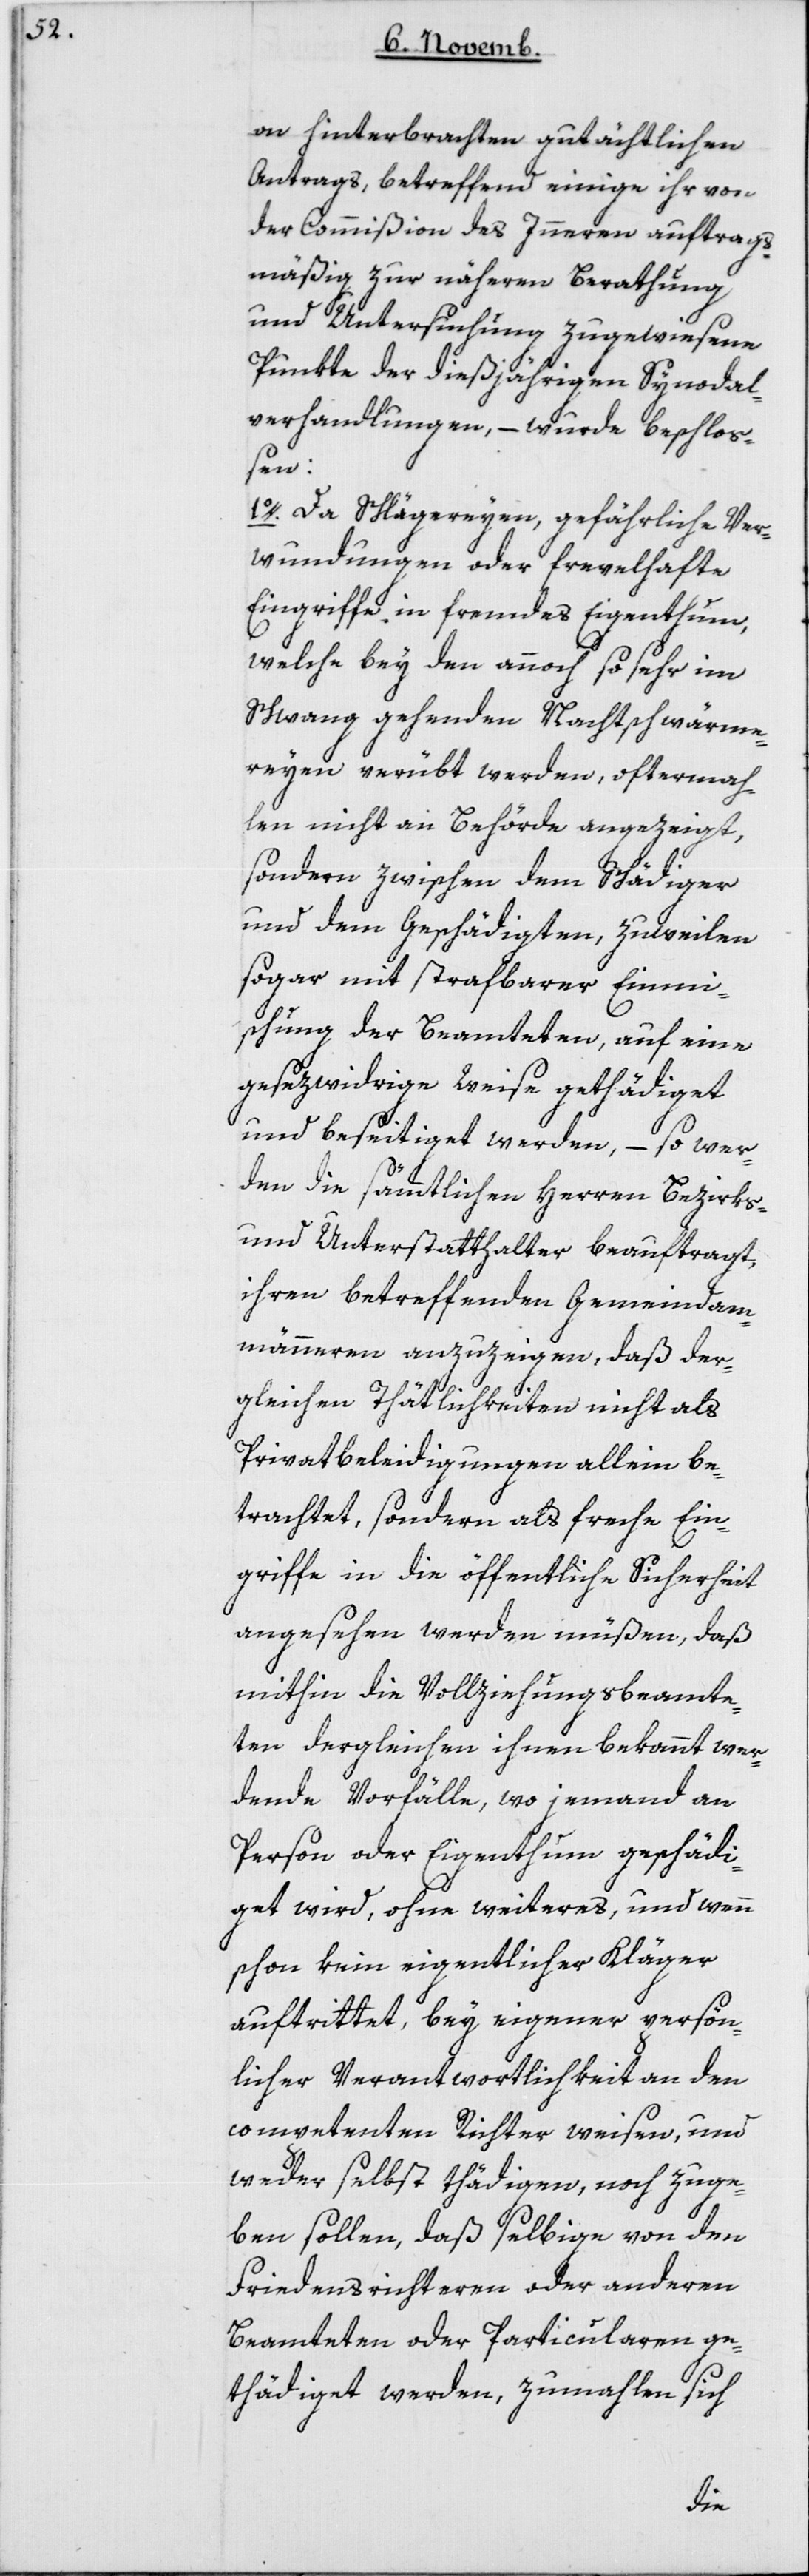
on hinterbrachten gutächtlichen
Antrags, betreffend einige ihr von
der Commißion des Innern auftrags¬
mäßig zur näheren Berathung
und Untersuchung zugewiesene
Punkte der diesjährigen Synodal¬
verhandlungen, – wurde beschloß¬
en:
1. Da Schlägereien, gefährliche Ver¬
wundungen oder frevelhafte
Eingriffe in fremdes Eigenthum,
welche bey den annoch so sehr im
Schwang gehenden Nachtschwärme¬
reyen verübt werden, ofterma¬
len nicht an Behörde angezeigt,
sondern zwischen dem Schädiger
und dem Geschädigten, zuweilen
sogar mit strafbarer Einm¬
ischung der Beamteten, auf eine
gesezwidrige Weise gethätiget
und beseitiget werden, – so wer¬
den die sämmtlichen Herren Bezirks-
und Unterstatthalter beauftragt,
ihren betreffenden Gemeindam¬
männern anzuzeigen, daß der¬
gleichen Thätigkeiten nicht als
Privatbeleidigungen allein be¬
trachtet, sondern als freche Ein¬
griffe in die öffentliche Sicherheit
angesehen werden müßen, daß
mithin die Vollziehungsbeamte¬
ten dergleichen ihnen bekannt wer¬
dende Vorfälle, wo jemand an
Person oder Eigenthum geschädi¬
get wird, ohne weiteres und wenn
schon kein eigentlicher Kläger
auftrittet, bey eigener persön¬
licher Verantwortlichkeit an den
competenten Richter weisen, und
weder selbst thädigen, noch zuge¬
ben sollen, daß selbige von den
Friedensrichteren oder anderen
Beamteten oder Particularen ge¬
thädiget werden, zumahlen sich